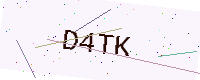
Text: D4TK